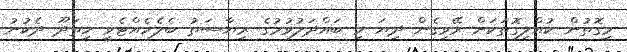
މިގޮތުން ކުއްލިގޮތަކަށް ރޭވިގެން ދިޔަ މި ބައްދަލުވުމުގެ ރިޔާސަތު ބެލެހެއްޓެވީ ހިތަދޫ ދެކުނު